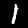
Label: 1